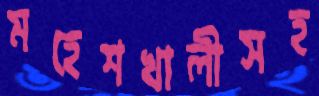
মহেশখালীসহ